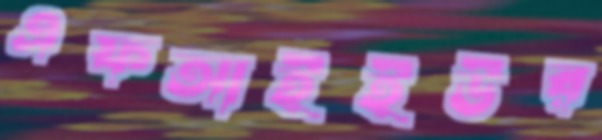
এফআইইউর